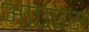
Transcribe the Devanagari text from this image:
आएएस